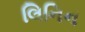
લિનિન